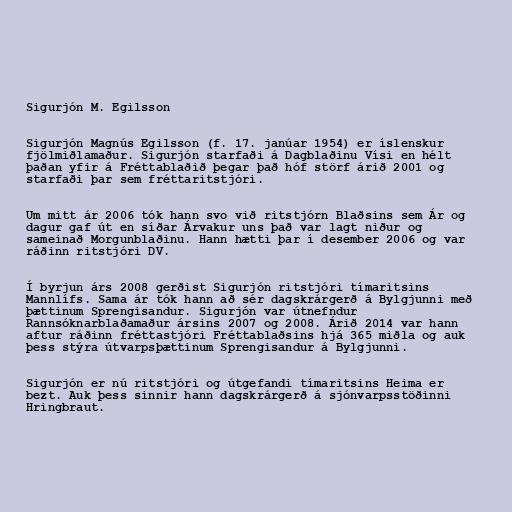
Sigurjón M. Egilsson

Sigurjón Magnús Egilsson (f. 17. janúar 1954) er íslenskur
fjölmiðlamaður. Sigurjón starfaði á Dagblaðinu Vísi en hélt
þaðan yfir á Fréttablaðið þegar það hóf störf árið 2001 og
starfaði þar sem fréttaritstjóri.

Um mitt ár 2006 tók hann svo við ritstjórn Blaðsins sem Ár og
dagur gaf út en síðar Árvakur uns það var lagt niður og
sameinað Morgunblaðinu. Hann hætti þar í desember 2006 og var
ráðinn ritstjóri DV.

Í byrjun árs 2008 gerðist Sigurjón ritstjóri tímaritsins
Mannlífs. Sama ár tók hann að sér dagskrárgerð á Bylgjunni með
þættinum Sprengisandur. Sigurjón var útnefndur
Rannsóknarblaðamaður ársins 2007 og 2008. Árið 2014 var hann
aftur ráðinn fréttastjóri Fréttablaðsins hjá 365 miðla og auk
þess stýra útvarpsþættinum Sprengisandur á Bylgjunni.

Sigurjón er nú ritstjóri og útgefandi tímaritsins Heima er
bezt. Auk þess sinnir hann dagskrárgerð á sjónvarpsstöðinni
Hringbraut.